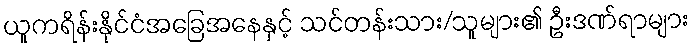
ယူကရိန်းနိုင်ငံအခြေအနေနှင့် သင်တန်းသား/သူများ၏ ဦးဒဏ်ရာများ